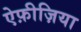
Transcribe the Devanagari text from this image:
ऐफ़ीज़िया